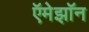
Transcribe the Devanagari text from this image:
ऍमेझॉन